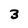
Character: 3